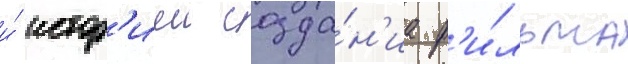
и́ истор'иеи созда́н'иа ф'и́льма